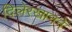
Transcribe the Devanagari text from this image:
दिलेरखाननें